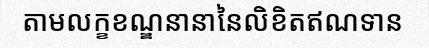
តាមលក្ខខណ្ឌនានានៃលិខិតឥណទាន